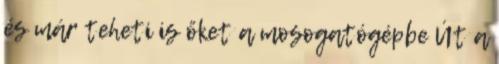
és már teheti is őket a mosogatógépbe Út a